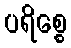
ပရိစ္စေ